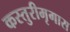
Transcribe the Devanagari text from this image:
कस्तुरीमृगास